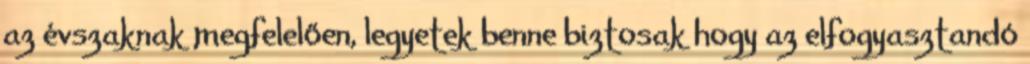
az évszaknak megfelelően, legyetek benne biztosak hogy az elfogyasztandó